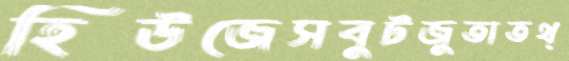
হিউজেসবুটজুতাতথ্